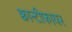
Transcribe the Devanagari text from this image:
क्वान्टीफायर